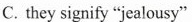
C. they signify "jealousy"